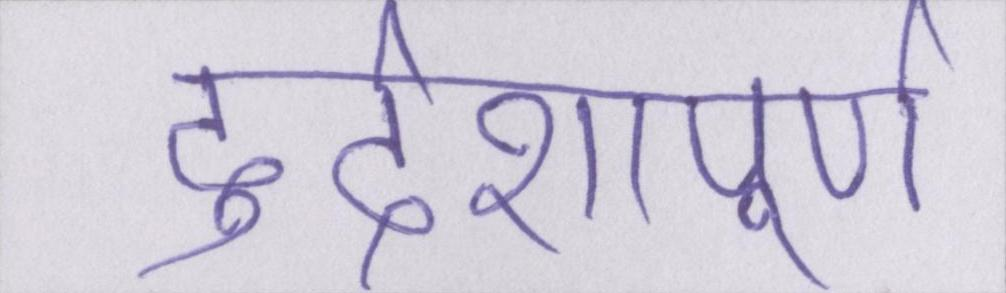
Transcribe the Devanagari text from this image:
दुर्दशापूर्ण